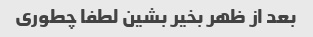
بعد از ظهر بخیر بشین لطفا چطوری